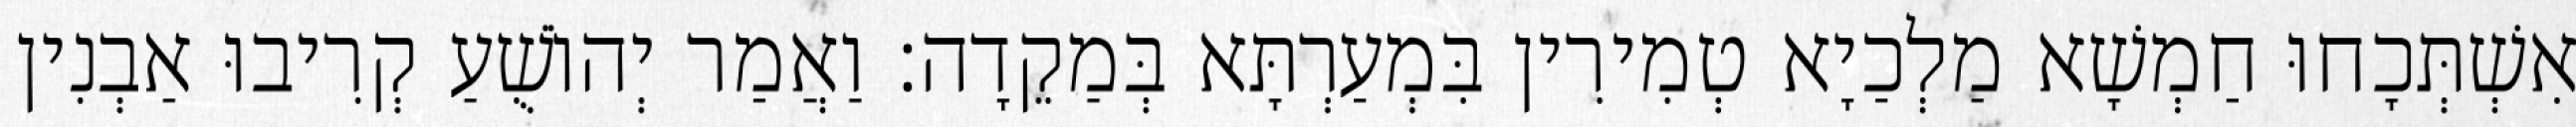
אִשְׁתְּכָחוּ חַמְשָׁא מַלְכַיָא טְמִירִין בִּמְעַרְתָּא בְּמַקֵדָה׃ וַאֲמַר יְהוֹשֻׁעַ קְרִיבוּ אַבְנִין